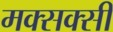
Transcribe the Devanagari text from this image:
मक्सक्सी